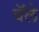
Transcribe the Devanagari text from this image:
वॅले